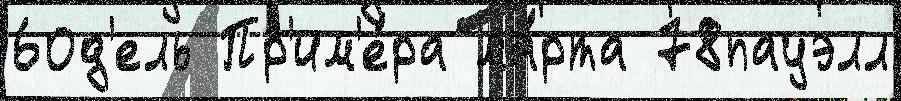
60д'ель Пр'им'е́ра ма́рта 78пауэлл